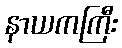
နာယကကြီး